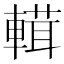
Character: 𨍷